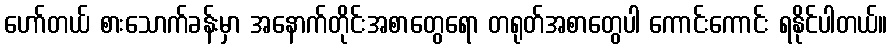
ဟော်တယ် စားသောက်ခန်းမှာ အနောက်တိုင်းအစာတွေရော တရုတ်အစာတွေပါ ကောင်းကောင်း ရနိုင်ပါတယ်။